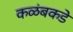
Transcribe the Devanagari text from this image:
कळंबकडे